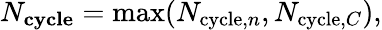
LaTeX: N_{\mathbf{cycle}}=\operatorname*{max}(N_{\mathrm{cycle},n},N_{\mathrm{cycle},C}),